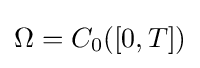
\Omega =C_{0}([0,T])